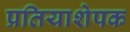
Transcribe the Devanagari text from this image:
प्रतियाशेपक